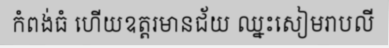
កំពង់ធំ ហើយឧត្តរមានជ័យ ឈ្នះសៀមរាបលី